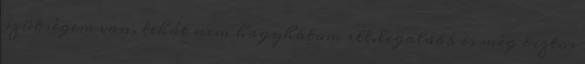
szükségem van, tehát nem hagyhatom itt.legalább is még biztos